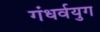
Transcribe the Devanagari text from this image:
गंधर्वयुग